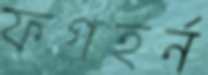
ফগহর্ন